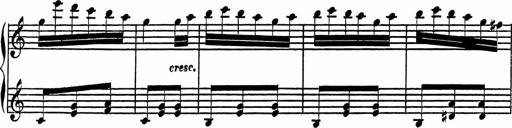
Title: 4 Piano Sonatinas
Composer: Adam Geibel